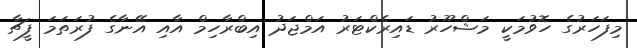
މިފަހަރުގެ ހޮވުމަކީ މަޝްހޫރު ޑައިރެކްޓަރު އަމްޖަދު އިބްރާހިމް އާއި އޭނާގެ ފުރަތަމަ ފީޗާ